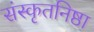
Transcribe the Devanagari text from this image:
संस्कृतनिष्ठा